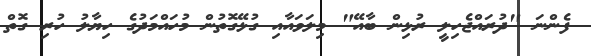
ފެންނަ "ދުރައްޖެހިލީ ރުޅިން ބާއޭ" މިލަވައާއި ގުޅޭގޮތުން މުހައްމަދުގެ ހިޔާލު ހުރި ގޮތް